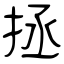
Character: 拯